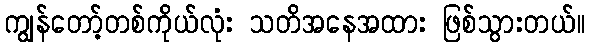
ကျွန်တော့်တစ်ကိုယ်လုံး သတိအနေအထား ဖြစ်သွားတယ်။